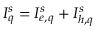
I _ { q } ^ { s } = I _ { e , q } ^ { s } + I _ { h , q } ^ { s }